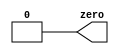
`timescale 1ns / 1ps
//////////////////////////////////////////////////////////////////////////////////
// Company: 
// Engineer: 
// 
// Design Name: 
// Module Name: verilog
// Project Name: 
// Target Devices: 
// Tool Versions: 
// Description: 
// 
// Dependencies: 
// 
// Revision:
// Revision 0.01 - File Created
// Additional Comments:
// 
//////////////////////////////////////////////////////////////////////////////////

module top_module(  
    output zero  
);// Module body starts after semicolon  
    assign zero = 1'b0;  
endmodule